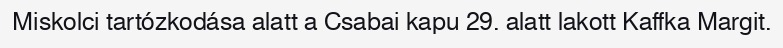
Miskolci tartózkodása alatt a Csabai kapu 29. alatt lakott Kaffka Margit.